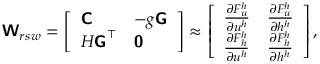
\boldsymbol { \mathsf { W } } _ { r s w } = \left[ \begin{array} { l l } { \boldsymbol { \mathsf { C } } } & { - g \boldsymbol { \mathsf { G } } } \\ { H \boldsymbol { \mathsf { G } } ^ { \top } } & { \boldsymbol { \mathsf { 0 } } } \end{array} \right] \approx \left[ \begin{array} { l l } { \frac { \partial F _ { u } ^ { h } } { \partial \boldsymbol { u } ^ { h } } } & { \frac { \partial F _ { u } ^ { h } } { \partial h ^ { h } } } \\ { \frac { \partial F _ { h } ^ { h } } { \partial \boldsymbol { u } ^ { h } } } & { \frac { \partial F _ { h } ^ { h } } { \partial h ^ { h } } } \end{array} \right] ,